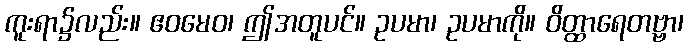
ကူးရာ၌လည်း။ ဧဝမေဝ၊ ဤအတူပင်။ ဥပမာ၊ ဥပမာကို။ ဝိတ္ထာရေတဗ္ဗာ၊